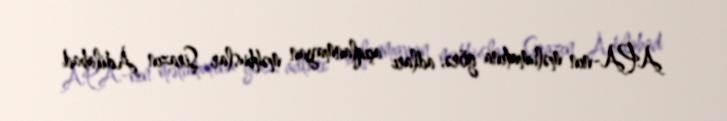
APA-nın məlumatına görə, adları açıqlanmayan məhbuslar Şirazın Adilabad